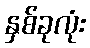
နှစ်ခုလုံး